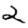
Digit: 2